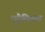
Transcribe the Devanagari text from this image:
एंट्रेविस्तास